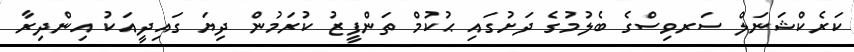
ކަރެކްޝަނަލް ސަރވިސްގެ ބެލުމުގެ ދަށުގައި ޙުކުމް ތަންފީޒު ކުރަމުން ދިޔަ ގައިދީއަކު އިންދިރާ